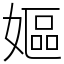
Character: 嫗